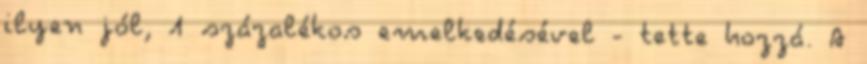
ilyen jól, 1 százalékos emelkedésével - tette hozzá. A